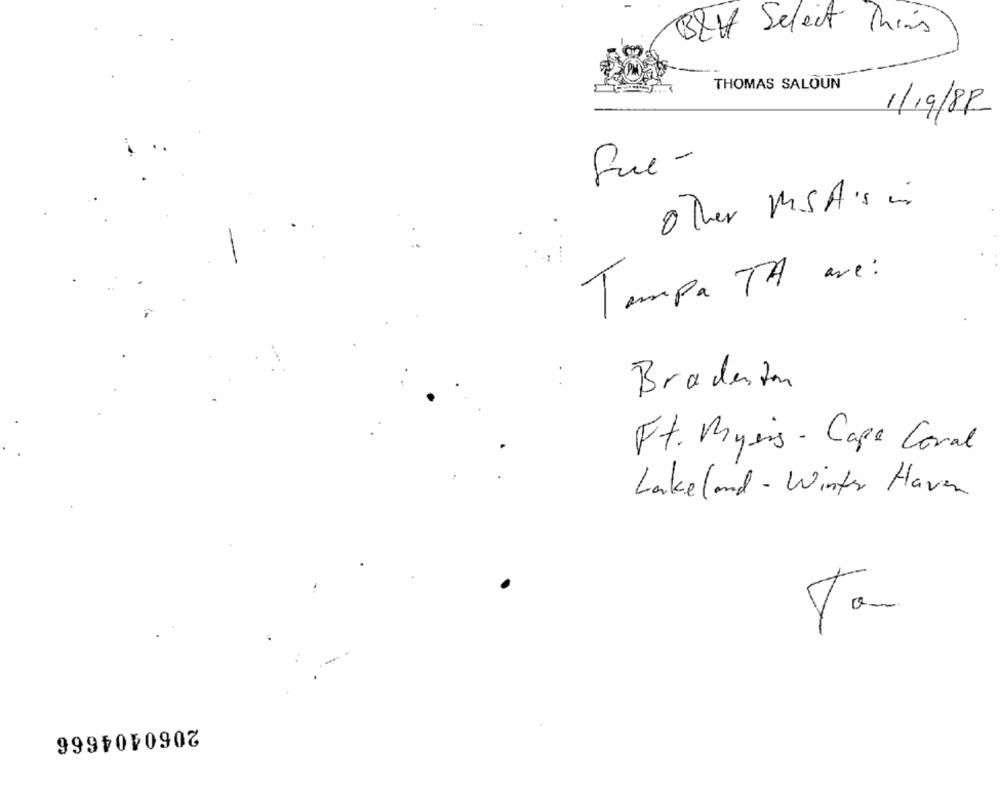
Blut Select Rins
THOMAS SALOUN
1/19/82
Sue-
other MSAis in
Tampa TA are:
Bradenton
Ft. Myers - Cape Coral
Lakeland - Winter Haven
2060404666